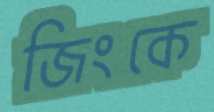
জিংকে